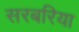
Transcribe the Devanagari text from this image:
सरबरिया